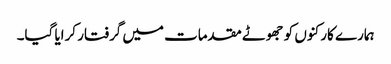
ہمارے کارکنوں کو جھوٹے مقدمات میں گرفتار کرایا گیا۔